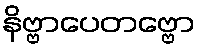
နိဗ္ဗာပေတဗ္ဗော